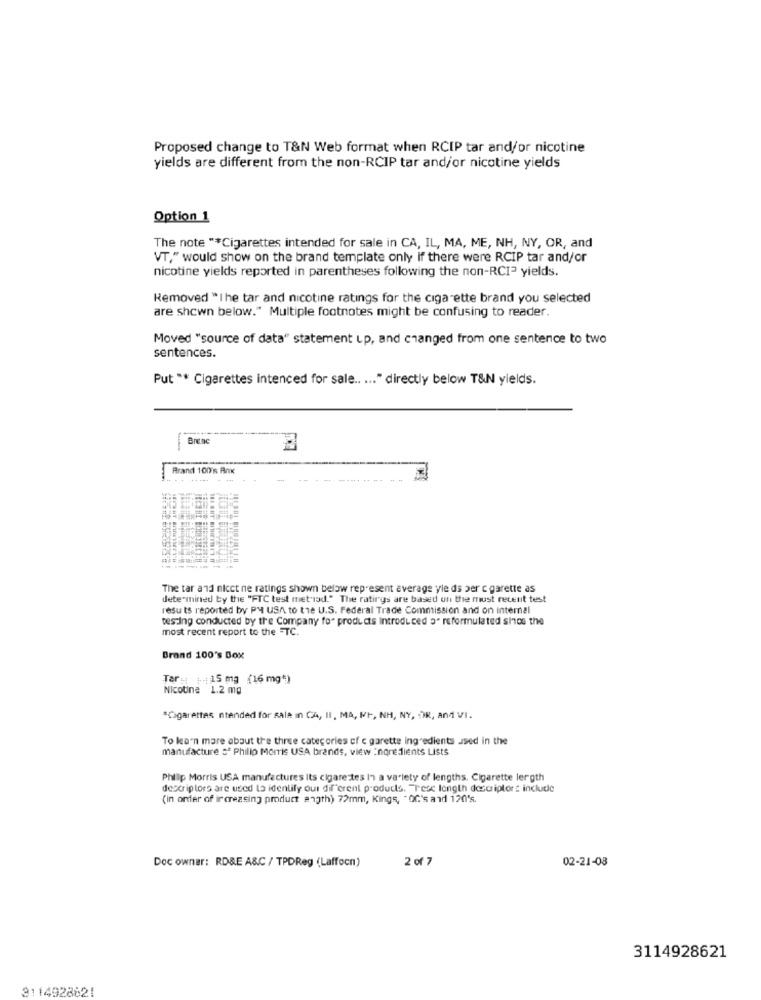
Proposed change to T&N Web format when RCIP tar and/or nicotine
yields are different from the non-RCIP tar and/or nicotine yields
Option 1
The note "*Cigarettes intended for sale in CA, IL, MA, ME, NH, NY, OR, and
VT," would show on the brand template only if there were RCIP tar and/or
nicotine yields reported in parentheses following the non-RCI? yields.
Removed "I he tar and nicotine ratings for the cigarette brand you selected
are shown below." Multiple footnotes might be confusing to reader.
Moved "source of data" statement up, and changed from one sentence to two
sentences.
Put "* Cigarettes intenced for sale .. ... " directly below T&N yields.
Brand 100's Anx
........
-----
The tar and nicct ne ratings shown below represent average yle ds per c garette as
determined by the "FTC test method." The ratings are based on the must recent test
resu ts reported by PM USA to the U.S. Federal Trade Commission and on internal
testing conducted by the Company fo" products Introduced 3. reformulated shoe the
most recent report to the ETC.
Brand 100's Box
Tar : 1. 15 mg (16 mg *)
Nicotine 1.2 mg
*Cigarettes ntended for sale in CA, II, MA, IF, NH, NY, OR, and VI.
To learn more about the three categories of c garette ingredients used in the
manufacture o Philip Morris USA brands, view :none dients Lists
Philip Morris USA manufactures its cigarettes In a variety of lengths. Cigarette lergth
descriptors are used to identify out dif"erent products. Trese length descriptors include
(in order of increasing product angth) 72mm, Kings, " OC's and 120's.
Doc owner: RD&E A&C / TPDReg (Laffocn)
2 of 7
02-21-08
3114928621
3114928821